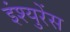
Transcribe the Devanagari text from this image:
इंश्युरेंस